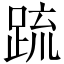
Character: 䟽